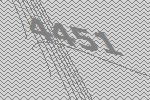
4451